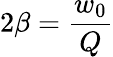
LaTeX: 2\beta=\frac{w_{0}}{Q}